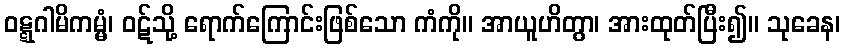
ဝဋ္ဋဂါမိကမ္မံ၊ ဝဋ်သို့ ရောက်ကြောင်းဖြစ်သော ကံကို။ အာယူဟိတွာ၊ အားထုတ်ပြီး၍။ သုခေန၊